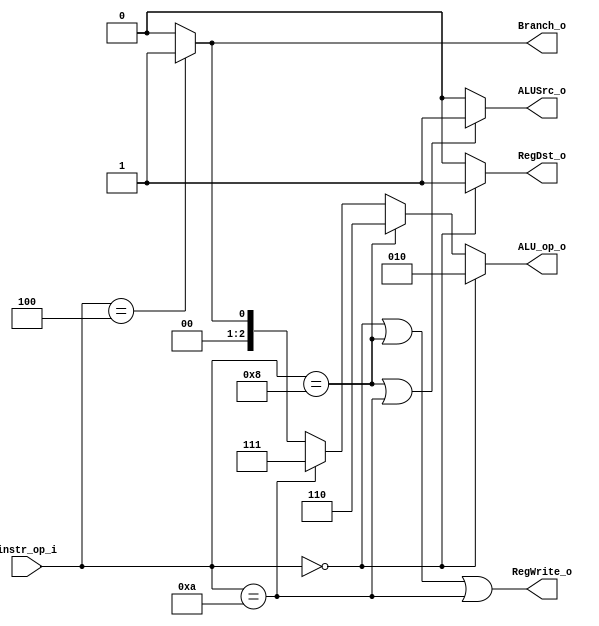
//Subject:     CO project 2 - Decoder
//--------------------------------------------------------------------------------
//Version:     1
//--------------------------------------------------------------------------------
//Writer:      Luke
//----------------------------------------------
//Date:        
//----------------------------------------------
//Description: 
//--------------------------------------------------------------------------------

module Decoder(
    instr_op_i,
	RegWrite_o,
	ALU_op_o,
	ALUSrc_o,
	RegDst_o,
	Branch_o
	);
     
//I/O ports
input  [6-1:0] instr_op_i;

output         RegWrite_o;
output [3-1:0] ALU_op_o;
output         ALUSrc_o;
output         RegDst_o;
output         Branch_o;
 
//Internal Signals
reg    [3-1:0] ALU_op_o;
reg            ALUSrc_o;
reg            RegWrite_o;
reg            RegDst_o;
reg            Branch_o;

//Parameter


//Main function
always @(instr_op_i) begin
	RegWrite_o = (instr_op_i == 'd0) | (instr_op_i == 'd8) | (instr_op_i == 'd10);
	ALUSrc_o = (instr_op_i == 'd8 | instr_op_i == 'd10)? 1 : 0;
	RegDst_o = (instr_op_i == 'd0)? 1 : 0;
	RegDst_o = (instr_op_i == 'd0)? 1 : 0;
	Branch_o = (instr_op_i == 'd4)? 1 : 0;
	ALU_op_o = (instr_op_i == 'd0)? 'b010: 
               (instr_op_i == 'd8)? 'b110:
			   (instr_op_i == 'd10)? 'b111:
			   (instr_op_i == 'd4)? 'b001:
				                    'b000;
end

endmodule